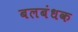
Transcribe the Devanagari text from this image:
बलबंधक